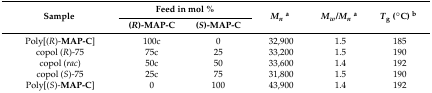
| <ROWSPAN=2> Sample | <COLSPAN=2> Feed in mol % | <ROWSPAN=2> Mna | <ROWSPAN=2> Mw/Mna | <ROWSPAN=2> Tg (°C) b |
 | (R)-MAP-C | (S)-MAP-C |
 | --- | --- | --- | --- | --- | --- |
 | Poly[(R)-MAP-C] | 100c | 0 | 32,900 | 1.5 | 185 |
 | copol (R)-75 | 75c | 25 | 33,200 | 1.5 | 190 |
 | copol (rac) | 50c | 50 | 33,600 | 1.4 | 192 |
 | copol (S)-75 | 25c | 75 | 31,800 | 1.5 | 190 |
 | Poly[(S)-MAP-C] | 0 | 100 | 43,900 | 1.4 | 192 |